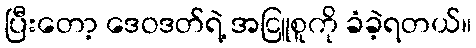
ပြီးတော့ ဒေဝဒတ်ရဲ့ အငြူစူကို ခံခဲ့ရတယ်။